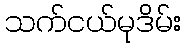
သက်ငယ်မုဒိမ်း